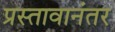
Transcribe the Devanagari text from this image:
प्रस्तावानंतर